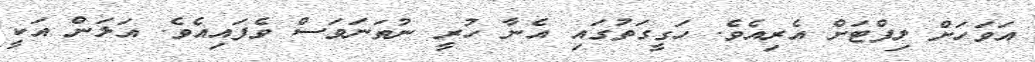
އަވަހަށް ލިފްޓަށް އެރިއެވެ. ހަގީގަތުގައި އެނާ ހުރީ ނުތަނަވަސް ވެފައިއެވެ. އަލަން އަކީ